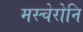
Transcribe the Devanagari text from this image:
मस्चेरोनि